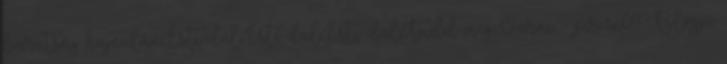
barátság hajnalán,Esti dal,Esti dal,Esti dal,Tudd meg,Várni, - pircsi09 Blogja